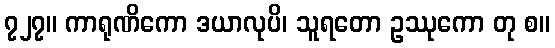
၇၂၇။ ကာရုဏိကော ဒယာလုပိ၊ သူရတော ဥဿုကော တု စ။